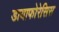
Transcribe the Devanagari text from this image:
डायाफोरेसिस